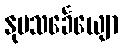
နုပသင်္ခေယျော